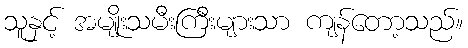
သူနှင့် အမျိုးသမီးကြီးများသာ ကျန်တော့သည်။